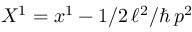
X ^ { 1 } = x ^ { 1 } - 1 / 2 \, \ell ^ { 2 } / \hbar \, p ^ { 2 }